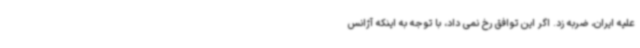
علیه ایران، ضربه زد. اگر این توافق رخ نمی داد، با توجه به اینکه آژانس